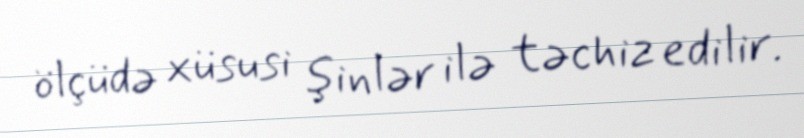
ölçüdə xüsusi şinlər ilə təchiz edilir.